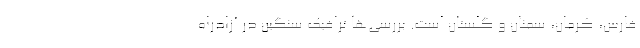
فارس، کرمان، سمنان و گلستان است. بررسی‌ها ترافیک سنگین در آزادراه